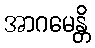
အာဂမေန္တိ